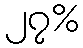
၂၇%